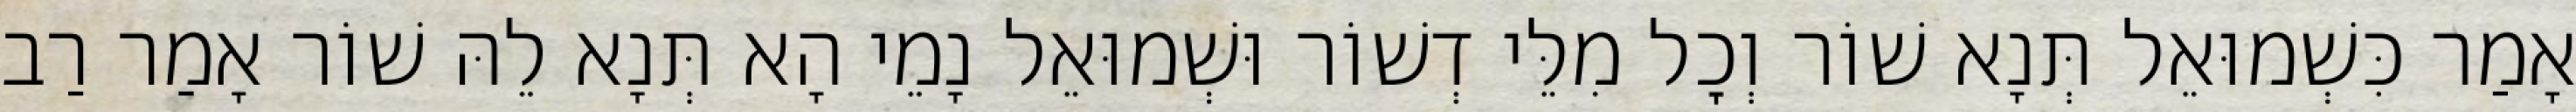
אָמַר כִּשְׁמוּאֵל תְּנָא שׁוֹר וְכׇל מִלֵּי דְשׁוֹר וּשְׁמוּאֵל נָמֵי הָא תְּנָא לֵהּ שׁוֹר אָמַר רַב